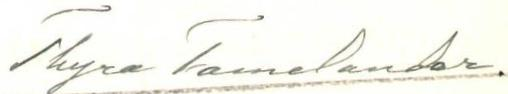
Thyra Tamelander.